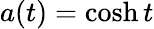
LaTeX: a(t)=\cosh{t}